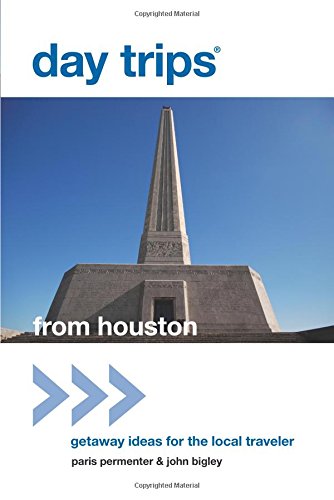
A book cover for Day TripsÂ® from Houston: Getaway Ideas For The Local Traveler (Day Trips Series); Paris Permenter; Travel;